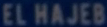
ELHAJEB